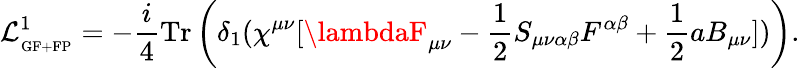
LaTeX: \mathcal{L}_{_{\mathrm{{GF+FP}}}}^{1}=-\frac{{i}}{{4}}\mathrm{{Tr}}\left(\delta_{1}(\chi^{\mu\nu}[\lambdaF_{\mu\nu}-\frac{{1}}{{2}}S_{\mu\nu\alpha\beta}F^{\alpha\beta}+\frac{{1}}{{2}}aB_{\mu\nu}])\right).